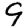
Digit: 9